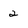
Character: 2